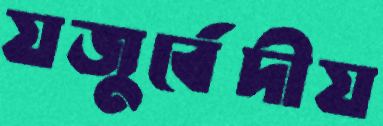
যজুর্বেদীয়